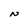
Character: N